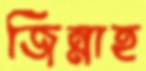
জিন্নাহ